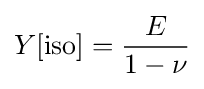
Y[\mathrm {iso} ]={\frac {E}{1-\nu }}